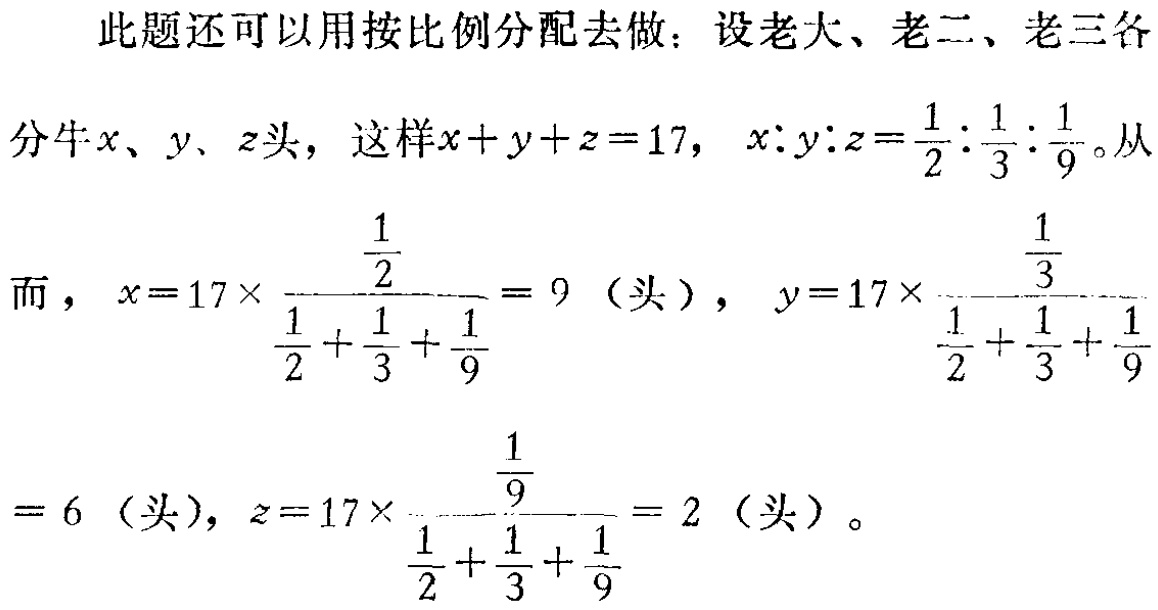
此题还可以用按比例分配去做：设老大、老二、老三各

分牛\(x\)、\(y\)、\(z\)头，这样\(x + y + z = 17\)，\(x:y:z=\frac{1}{2}:\frac{1}{3}:\frac{1}{9}\)。从

而，\(x = 17\times\frac{\frac{1}{2}}{\frac{1}{2}+\frac{1}{3}+\frac{1}{9}} = 9\)（头），\(y = 17\times\frac{\frac{1}{3}}{\frac{1}{2}+\frac{1}{3}+\frac{1}{9}}\)

\( = 6\)（头），\(z = 17\times\frac{\frac{1}{9}}{\frac{1}{2}+\frac{1}{3}+\frac{1}{9}} = 2\)（头）。